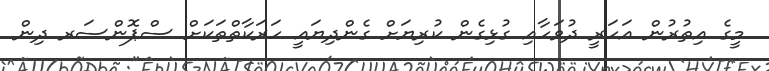
މީގެ އިތުރުން އަހަރީ ދުވަހާއި ގުޅިގެން ކުރިޔަށް ގެންދިޔައީ ހަރަކާތްތަކަށް ސްޕޮންސަރ ދިން